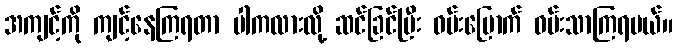
အကျင့်ကို ကျင့်နေကြရတာ ပါကလားလို့ ဆင်ခြင်ပြီး ဝမ်းမြောက် ဝမ်းသာကြရမယ်။